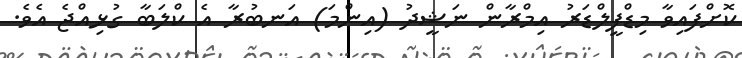
ކޮށްފައިވާ މިޑްފީލްޑަރު އިމްރާން ނަޝީދު (އިންމަ) އަނބުރާ އެ ކްލަބާ ގުޅިއްޖެ އެވެ.